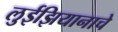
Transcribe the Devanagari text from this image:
लुईझियानाचे